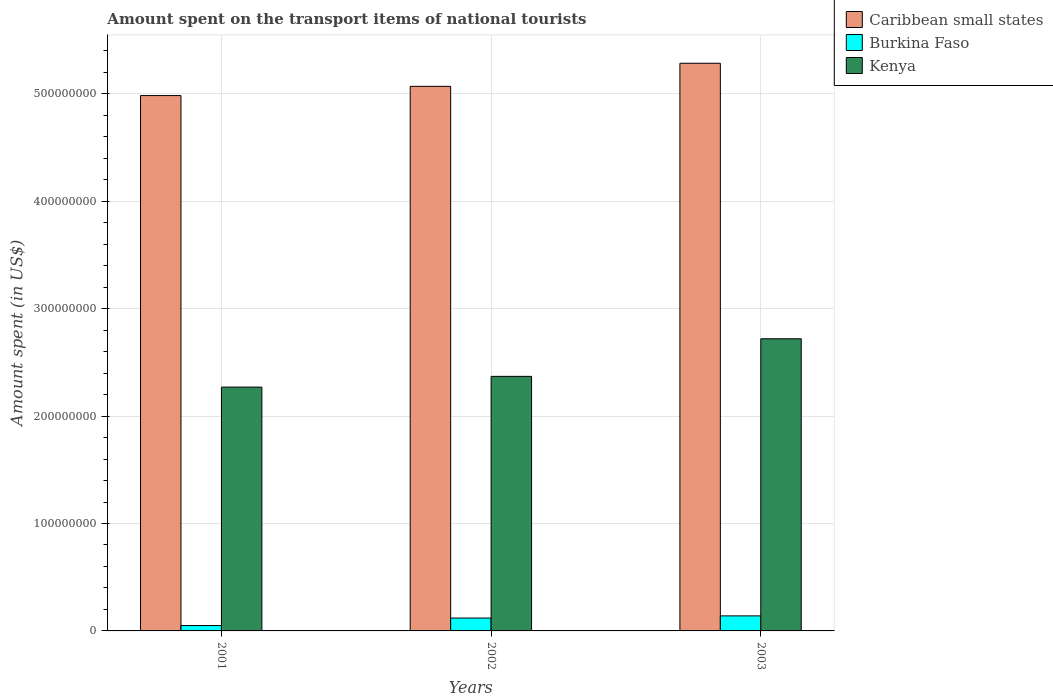
| Years | Caribbean small states | Burkina Faso | Kenya |
 | --- | --- | --- | --- |
 | 2001 | 4.98e+08 | 5e+06 | 2.27e+08 |
 | 2002 | 5.07e+08 | 1.2e+07 | 2.37e+08 |
 | 2003 | 5.29e+08 | 1.4e+07 | 2.72e+08 |